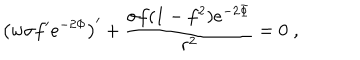
LaTeX: \left( w \sigma f ^ { \prime } e ^ { - 2 \Phi } \right) ^ { \prime } + \frac { \sigma f ( 1 - f ^ { 2 } ) e ^ { - 2 \Phi } } { r ^ { 2 } } = 0 \; ,